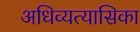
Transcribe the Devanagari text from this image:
अधिव्यत्यासिका